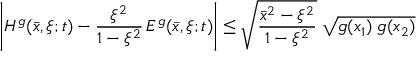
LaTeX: \left| H ^ { g } ( \bar { x } , \xi ; t ) - \frac { \xi ^ { 2 } } { 1 - \xi ^ { 2 } } \, E ^ { g } ( \bar { x } , \xi ; t ) \right| \leq \sqrt { \frac { \bar { x } ^ { 2 } - \xi ^ { 2 } } { 1 - \xi ^ { 2 } } } \; \sqrt { g ( x _ { 1 } ) \; g ( x _ { 2 } ) }